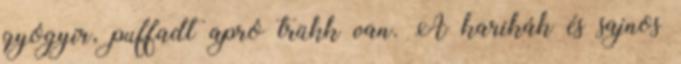
gyógyír, puffadt apró trükk van. A karikák és sajnos